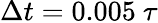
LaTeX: \Delta t=0.005~\tau